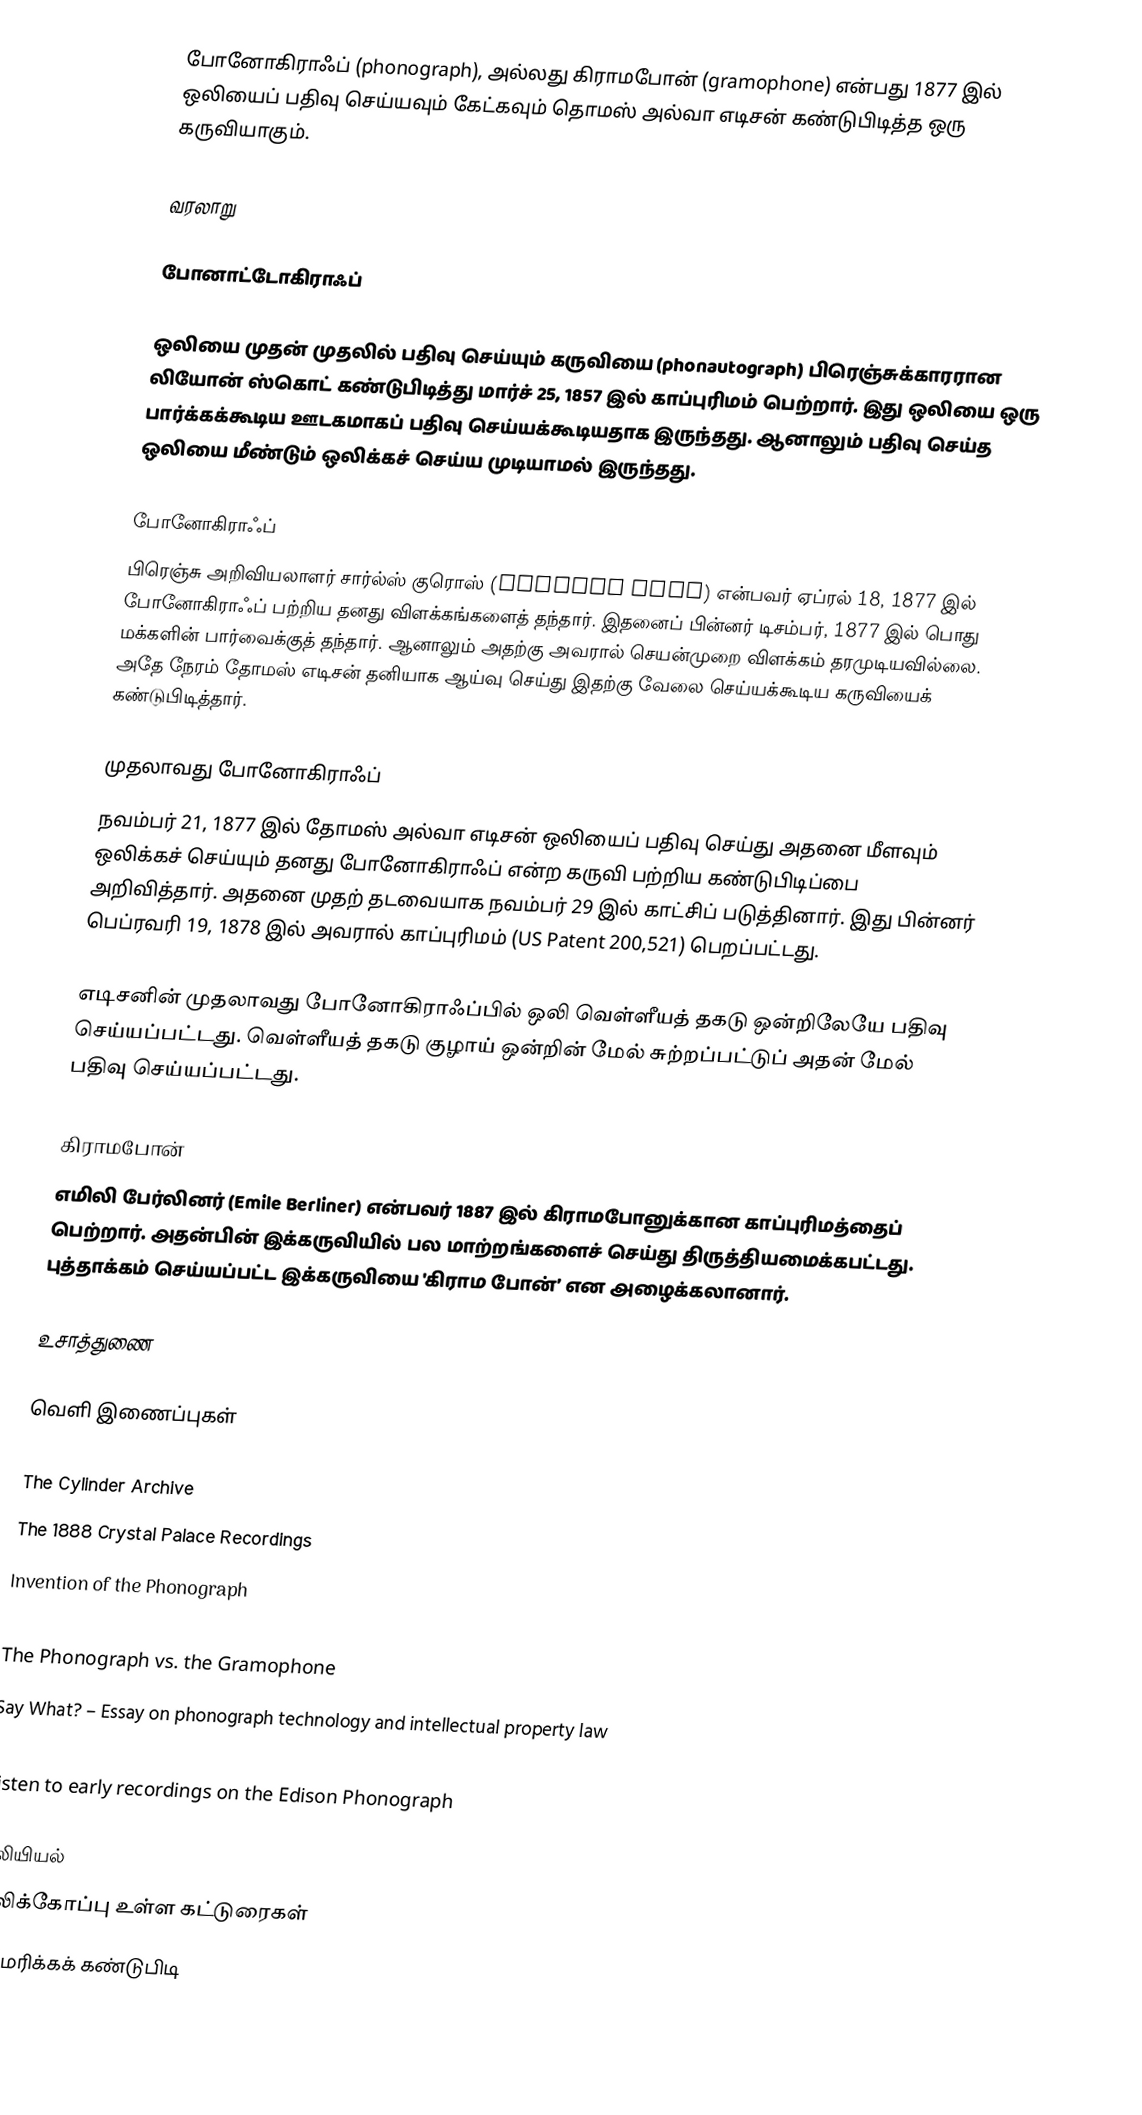
போனோகிராஃப் (phonograph), அல்லது கிராமபோன் (gramophone) என்பது 1877 இல் ஒலியைப் பதிவு செய்யவும் கேட்கவும் தொமஸ் அல்வா எடிசன் கண்டுபிடித்த ஒரு கருவியாகும்.

வரலாறு

போனாட்டோகிராஃப்

ஒலியை முதன் முதலில் பதிவு செய்யும் கருவியை (phonautograph) பிரெஞ்சுக்காரரான லியோன் ஸ்கொட் கண்டுபிடித்து மார்ச் 25, 1857 இல் காப்புரிமம் பெற்றார். இது ஒலியை ஒரு பார்க்கக்கூடிய ஊடகமாகப் பதிவு செய்யக்கூடியதாக இருந்தது. ஆனாலும் பதிவு செய்த ஒலியை மீண்டும் ஒலிக்கச் செய்ய முடியாமல் இருந்தது.

போனோகிராஃப்
பிரெஞ்சு அறிவியலாளர் சார்ல்ஸ் குரொஸ் (Charles Cros) என்பவர் ஏப்ரல் 18, 1877 இல் போனோகிராஃப் பற்றிய தனது விளக்கங்களைத் தந்தார். இதனைப் பின்னர் டிசம்பர், 1877 இல் பொது மக்களின் பார்வைக்குத் தந்தார். ஆனாலும் அதற்கு அவரால் செயன்முறை விளக்கம் தரமுடியவில்லை. அதே நேரம் தோமஸ் எடிசன் தனியாக ஆய்வு செய்து இதற்கு வேலை செய்யக்கூடிய கருவியைக் கண்டுபிடித்தார்.

முதலாவது போனோகிராஃப்
நவம்பர் 21, 1877 இல் தோமஸ் அல்வா எடிசன் ஒலியைப் பதிவு செய்து அதனை மீளவும் ஒலிக்கச் செய்யும் தனது போனோகிராஃப் என்ற கருவி பற்றிய கண்டுபிடிப்பை அறிவித்தார். அதனை முதற் தடவையாக நவம்பர் 29 இல் காட்சிப் படுத்தினார். இது பின்னர் பெப்ரவரி 19, 1878 இல் அவரால் காப்புரிமம் (US Patent 200,521) பெறப்பட்டது.

எடிசனின் முதலாவது போனோகிராஃப்பில் ஒலி வெள்ளீயத் தகடு ஒன்றிலேயே பதிவு செய்யப்பட்டது. வெள்ளீயத் தகடு குழாய் ஒன்றின் மேல் சுற்றப்பட்டுப் அதன் மேல் பதிவு செய்யப்பட்டது.

கிராமபோன்
எமிலி பேர்லினர் (Emile Berliner) என்பவர் 1887 இல் கிராமபோனுக்கான காப்புரிமத்தைப் பெற்றார். அதன்பின் இக்கருவியில் பல மாற்றங்களைச் செய்து திருத்தியமைக்கபட்டது. புத்தாக்கம் செய்யப்பட்ட இக்கருவியை 'கிராம போன்’ என அழைக்கலானார்.

உசாத்துணை

வெளி இணைப்புகள்

 The Cylinder Archive
 The 1888 Crystal Palace Recordings
 Invention of the Phonograph
 The Birth of the Recording Industry
 The Phonograph vs. the Gramophone
 Say What? – Essay on phonograph technology and intellectual property law
 Vinyl Records Still Live!  – site dedicated to preserving vinyl records
 Listen to early recordings on the Edison Phonograph

ஒலியியல்
ஒலிக்கோப்பு உள்ள கட்டுரைகள்
அமெரிக்கக் கண்டுபிடி